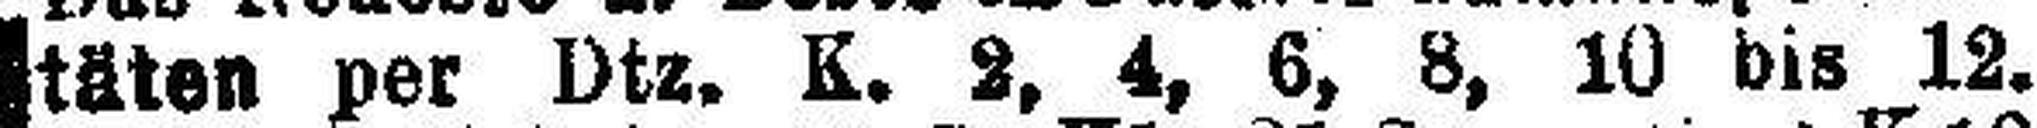
täten per Dtz. K. 2, 4, 6, 8, 10 bis 12.